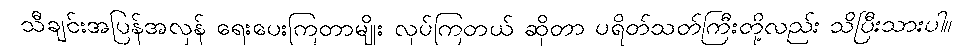
သီချင်းအပြန်အလှန် ရေးပေးကြတာမျိုး လုပ်ကြတယ် ဆိုတာ ပရိတ်သတ်ကြီးတို့လည်း သိပြီးသားပါ။